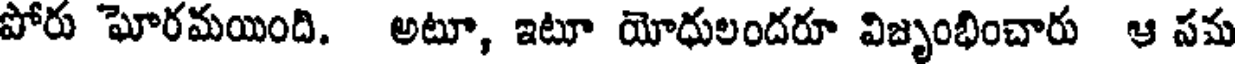
పోరు ఘోరమయింది. అటూ, ఇటూ యోధులందరూ విజృంభించారు ఆ సమ